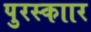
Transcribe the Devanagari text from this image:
पुरस्काार